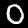
Label: 0